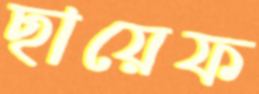
ছায়েফ